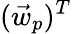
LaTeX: (\vec{w}_{p})^{T}